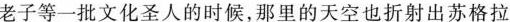
老子等一批文化圣人的时候，那里的天空也折射出苏格拉